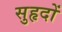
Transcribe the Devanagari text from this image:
सुहृदों